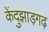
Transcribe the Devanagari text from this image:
केंदुझाड़गढ़